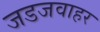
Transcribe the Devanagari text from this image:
जडजवाहर